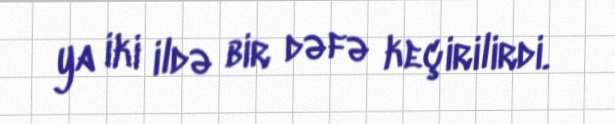
ya iki ildə bir dəfə keçirilirdi.